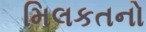
મિલકતનો